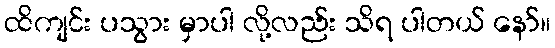
ထိကျင်း ပသွား မှာပါ လို့လည်း သိရ ပါတယ် နော်။